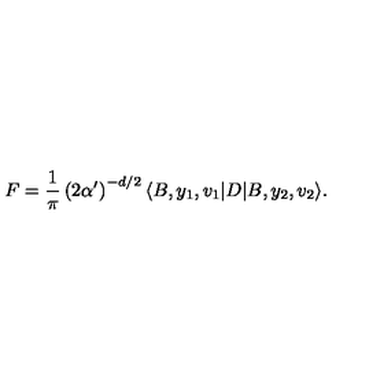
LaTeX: F = \frac { 1 } { \pi } \left( 2 \alpha ^ { \prime } \right) ^ { - d / 2 } \langle B , y _ { 1 } , v _ { 1 } | D | B , y _ { 2 } , v _ { 2 } \rangle .